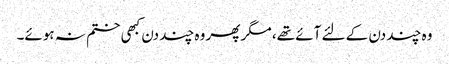
وہ چند دن کے لئے آئے تھے، مگر پھر وہ چند دن کبھی ختم نہ ہوئے۔